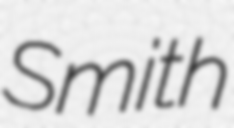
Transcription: Smith